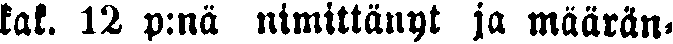
kak. 12 p:na nimittänyt ja määrän-